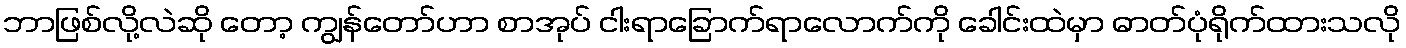
ဘာဖြစ်လို့လဲဆို တော့ ကျွန်တော်ဟာ စာအုပ် ငါးရာခြောက်ရာလောက်ကို ခေါင်းထဲမှာ ဓာတ်ပုံရိုက်ထားသလို